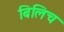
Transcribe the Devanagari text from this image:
बिलिच